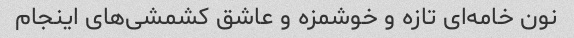
نون خامه‌ای تازه و خوشمزه و عاشق کشمشی‌های اینجام